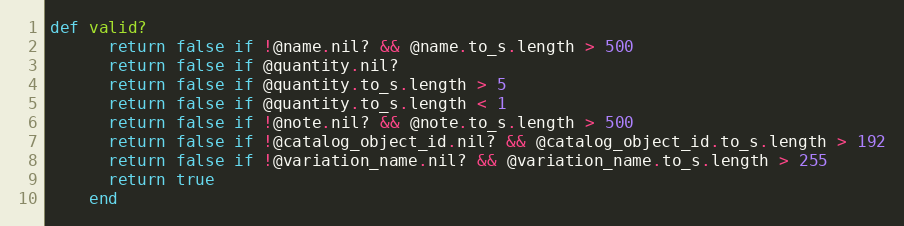
Language: Ruby
def valid?
      return false if !@name.nil? && @name.to_s.length > 500
      return false if @quantity.nil?
      return false if @quantity.to_s.length > 5
      return false if @quantity.to_s.length < 1
      return false if !@note.nil? && @note.to_s.length > 500
      return false if !@catalog_object_id.nil? && @catalog_object_id.to_s.length > 192
      return false if !@variation_name.nil? && @variation_name.to_s.length > 255
      return true
    end